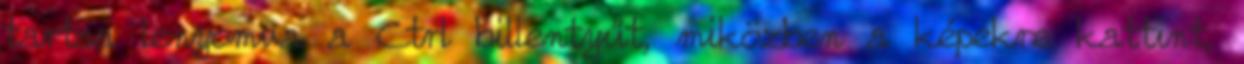
tartsa lenyomva a Ctrl billentyűt, miközben a képekre kattint,